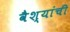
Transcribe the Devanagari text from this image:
वैश्यांची